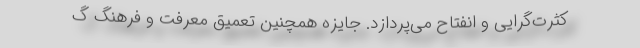
کثرت‌گرایی و انفتاح می‌پردازد. جایزه همچنین تعمیق معرفت و فرهنگ گ